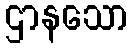
ဌာနသော